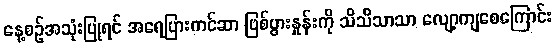
နေ့စဉ်အသုံးပြုရင် အရေပြားကင်ဆာ ဖြစ်ပွားနှုန်းကို သိသိသာသာ လျော့ကျစေကြောင်း